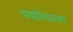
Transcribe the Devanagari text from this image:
पद्योंवाला